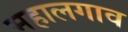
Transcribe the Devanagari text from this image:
महालगाव